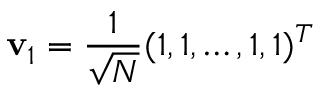
\mathbf { v } _ { 1 } = \frac { 1 } { \sqrt { N } } ( 1 , 1 , \dots , 1 , 1 ) ^ { T }